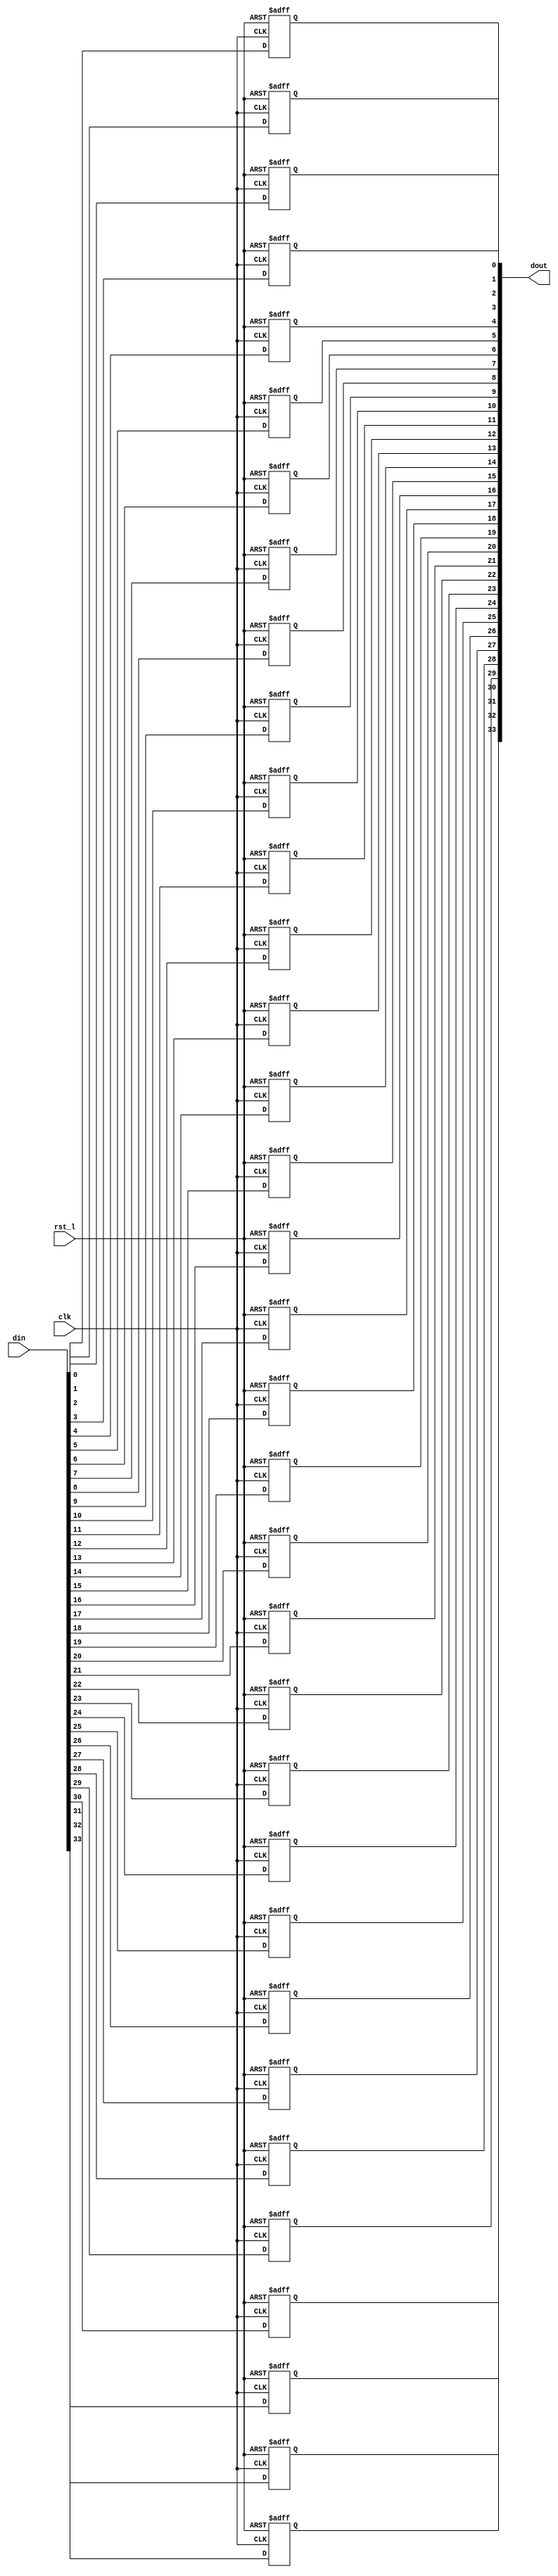
module rvdff_WIDTH34
(
  din,
  clk,
  rst_l,
  dout
);

  input [33:0] din;
  output [33:0] dout;
  input clk;
  input rst_l;
  wire N0;
  reg [33:0] dout;

  always @(posedge clk or posedge N0) begin
    if(N0) begin
      dout[33] <= 1'b0;
    end else if(1'b1) begin
      dout[33] <= din[33];
    end
  end


  always @(posedge clk or posedge N0) begin
    if(N0) begin
      dout[32] <= 1'b0;
    end else if(1'b1) begin
      dout[32] <= din[32];
    end
  end


  always @(posedge clk or posedge N0) begin
    if(N0) begin
      dout[31] <= 1'b0;
    end else if(1'b1) begin
      dout[31] <= din[31];
    end
  end


  always @(posedge clk or posedge N0) begin
    if(N0) begin
      dout[30] <= 1'b0;
    end else if(1'b1) begin
      dout[30] <= din[30];
    end
  end


  always @(posedge clk or posedge N0) begin
    if(N0) begin
      dout[29] <= 1'b0;
    end else if(1'b1) begin
      dout[29] <= din[29];
    end
  end


  always @(posedge clk or posedge N0) begin
    if(N0) begin
      dout[28] <= 1'b0;
    end else if(1'b1) begin
      dout[28] <= din[28];
    end
  end


  always @(posedge clk or posedge N0) begin
    if(N0) begin
      dout[27] <= 1'b0;
    end else if(1'b1) begin
      dout[27] <= din[27];
    end
  end


  always @(posedge clk or posedge N0) begin
    if(N0) begin
      dout[26] <= 1'b0;
    end else if(1'b1) begin
      dout[26] <= din[26];
    end
  end


  always @(posedge clk or posedge N0) begin
    if(N0) begin
      dout[25] <= 1'b0;
    end else if(1'b1) begin
      dout[25] <= din[25];
    end
  end


  always @(posedge clk or posedge N0) begin
    if(N0) begin
      dout[24] <= 1'b0;
    end else if(1'b1) begin
      dout[24] <= din[24];
    end
  end


  always @(posedge clk or posedge N0) begin
    if(N0) begin
      dout[23] <= 1'b0;
    end else if(1'b1) begin
      dout[23] <= din[23];
    end
  end


  always @(posedge clk or posedge N0) begin
    if(N0) begin
      dout[22] <= 1'b0;
    end else if(1'b1) begin
      dout[22] <= din[22];
    end
  end


  always @(posedge clk or posedge N0) begin
    if(N0) begin
      dout[21] <= 1'b0;
    end else if(1'b1) begin
      dout[21] <= din[21];
    end
  end


  always @(posedge clk or posedge N0) begin
    if(N0) begin
      dout[20] <= 1'b0;
    end else if(1'b1) begin
      dout[20] <= din[20];
    end
  end


  always @(posedge clk or posedge N0) begin
    if(N0) begin
      dout[19] <= 1'b0;
    end else if(1'b1) begin
      dout[19] <= din[19];
    end
  end


  always @(posedge clk or posedge N0) begin
    if(N0) begin
      dout[18] <= 1'b0;
    end else if(1'b1) begin
      dout[18] <= din[18];
    end
  end


  always @(posedge clk or posedge N0) begin
    if(N0) begin
      dout[17] <= 1'b0;
    end else if(1'b1) begin
      dout[17] <= din[17];
    end
  end


  always @(posedge clk or posedge N0) begin
    if(N0) begin
      dout[16] <= 1'b0;
    end else if(1'b1) begin
      dout[16] <= din[16];
    end
  end


  always @(posedge clk or posedge N0) begin
    if(N0) begin
      dout[15] <= 1'b0;
    end else if(1'b1) begin
      dout[15] <= din[15];
    end
  end


  always @(posedge clk or posedge N0) begin
    if(N0) begin
      dout[14] <= 1'b0;
    end else if(1'b1) begin
      dout[14] <= din[14];
    end
  end


  always @(posedge clk or posedge N0) begin
    if(N0) begin
      dout[13] <= 1'b0;
    end else if(1'b1) begin
      dout[13] <= din[13];
    end
  end


  always @(posedge clk or posedge N0) begin
    if(N0) begin
      dout[12] <= 1'b0;
    end else if(1'b1) begin
      dout[12] <= din[12];
    end
  end


  always @(posedge clk or posedge N0) begin
    if(N0) begin
      dout[11] <= 1'b0;
    end else if(1'b1) begin
      dout[11] <= din[11];
    end
  end


  always @(posedge clk or posedge N0) begin
    if(N0) begin
      dout[10] <= 1'b0;
    end else if(1'b1) begin
      dout[10] <= din[10];
    end
  end


  always @(posedge clk or posedge N0) begin
    if(N0) begin
      dout[9] <= 1'b0;
    end else if(1'b1) begin
      dout[9] <= din[9];
    end
  end


  always @(posedge clk or posedge N0) begin
    if(N0) begin
      dout[8] <= 1'b0;
    end else if(1'b1) begin
      dout[8] <= din[8];
    end
  end


  always @(posedge clk or posedge N0) begin
    if(N0) begin
      dout[7] <= 1'b0;
    end else if(1'b1) begin
      dout[7] <= din[7];
    end
  end


  always @(posedge clk or posedge N0) begin
    if(N0) begin
      dout[6] <= 1'b0;
    end else if(1'b1) begin
      dout[6] <= din[6];
    end
  end


  always @(posedge clk or posedge N0) begin
    if(N0) begin
      dout[5] <= 1'b0;
    end else if(1'b1) begin
      dout[5] <= din[5];
    end
  end


  always @(posedge clk or posedge N0) begin
    if(N0) begin
      dout[4] <= 1'b0;
    end else if(1'b1) begin
      dout[4] <= din[4];
    end
  end


  always @(posedge clk or posedge N0) begin
    if(N0) begin
      dout[3] <= 1'b0;
    end else if(1'b1) begin
      dout[3] <= din[3];
    end
  end


  always @(posedge clk or posedge N0) begin
    if(N0) begin
      dout[2] <= 1'b0;
    end else if(1'b1) begin
      dout[2] <= din[2];
    end
  end


  always @(posedge clk or posedge N0) begin
    if(N0) begin
      dout[1] <= 1'b0;
    end else if(1'b1) begin
      dout[1] <= din[1];
    end
  end


  always @(posedge clk or posedge N0) begin
    if(N0) begin
      dout[0] <= 1'b0;
    end else if(1'b1) begin
      dout[0] <= din[0];
    end
  end

  assign N0 = ~rst_l;

endmodule